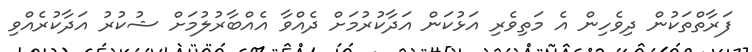
ފަރާތްތަކުން ދިވެހިން އެ މަތިވެރި އަޅުކަން އަދާކުރުމަށް ދެއްވާ އެއްބާރުލުމަށް ޝުކުރު އަދާކުރެއްވި